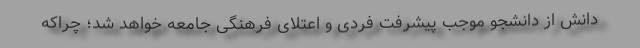
دانش از دانشجو موجب پیشرفت فردی و اعتلای فرهنگی جامعه خواهد شد؛ چراکه